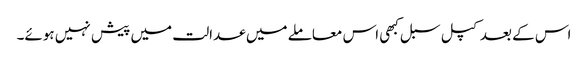
اس کے بعد کپل سبل کبھی اس معاملے میں عدالت میں پیش نہیں ہوئے۔